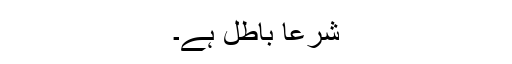
شرعاً باطل ہے۔